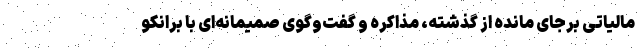
مالیاتی برجای مانده از گذشته، مذاکره و گفت‌وگوی صمیمانه‌ای با برانکو